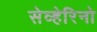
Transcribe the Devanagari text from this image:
सेव्हेरिनो